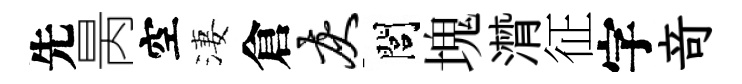
先昺空淒倉灰閭塊潸征字竒